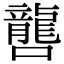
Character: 𡃡